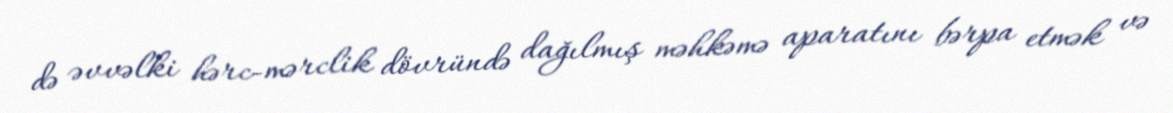
də əvvəlki hərc-mərclik dövründə dağılmış məhkəmə aparatını bərpa etmək və